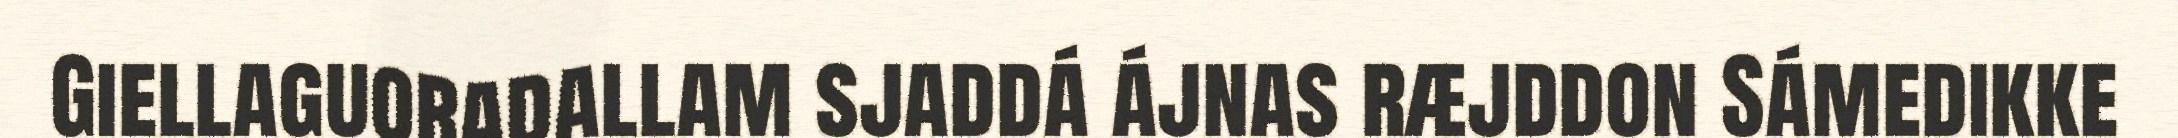
Giellaguoradallam sjaddá ájnas ræjddon Sámedikke